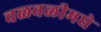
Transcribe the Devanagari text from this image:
चळवळीमधे